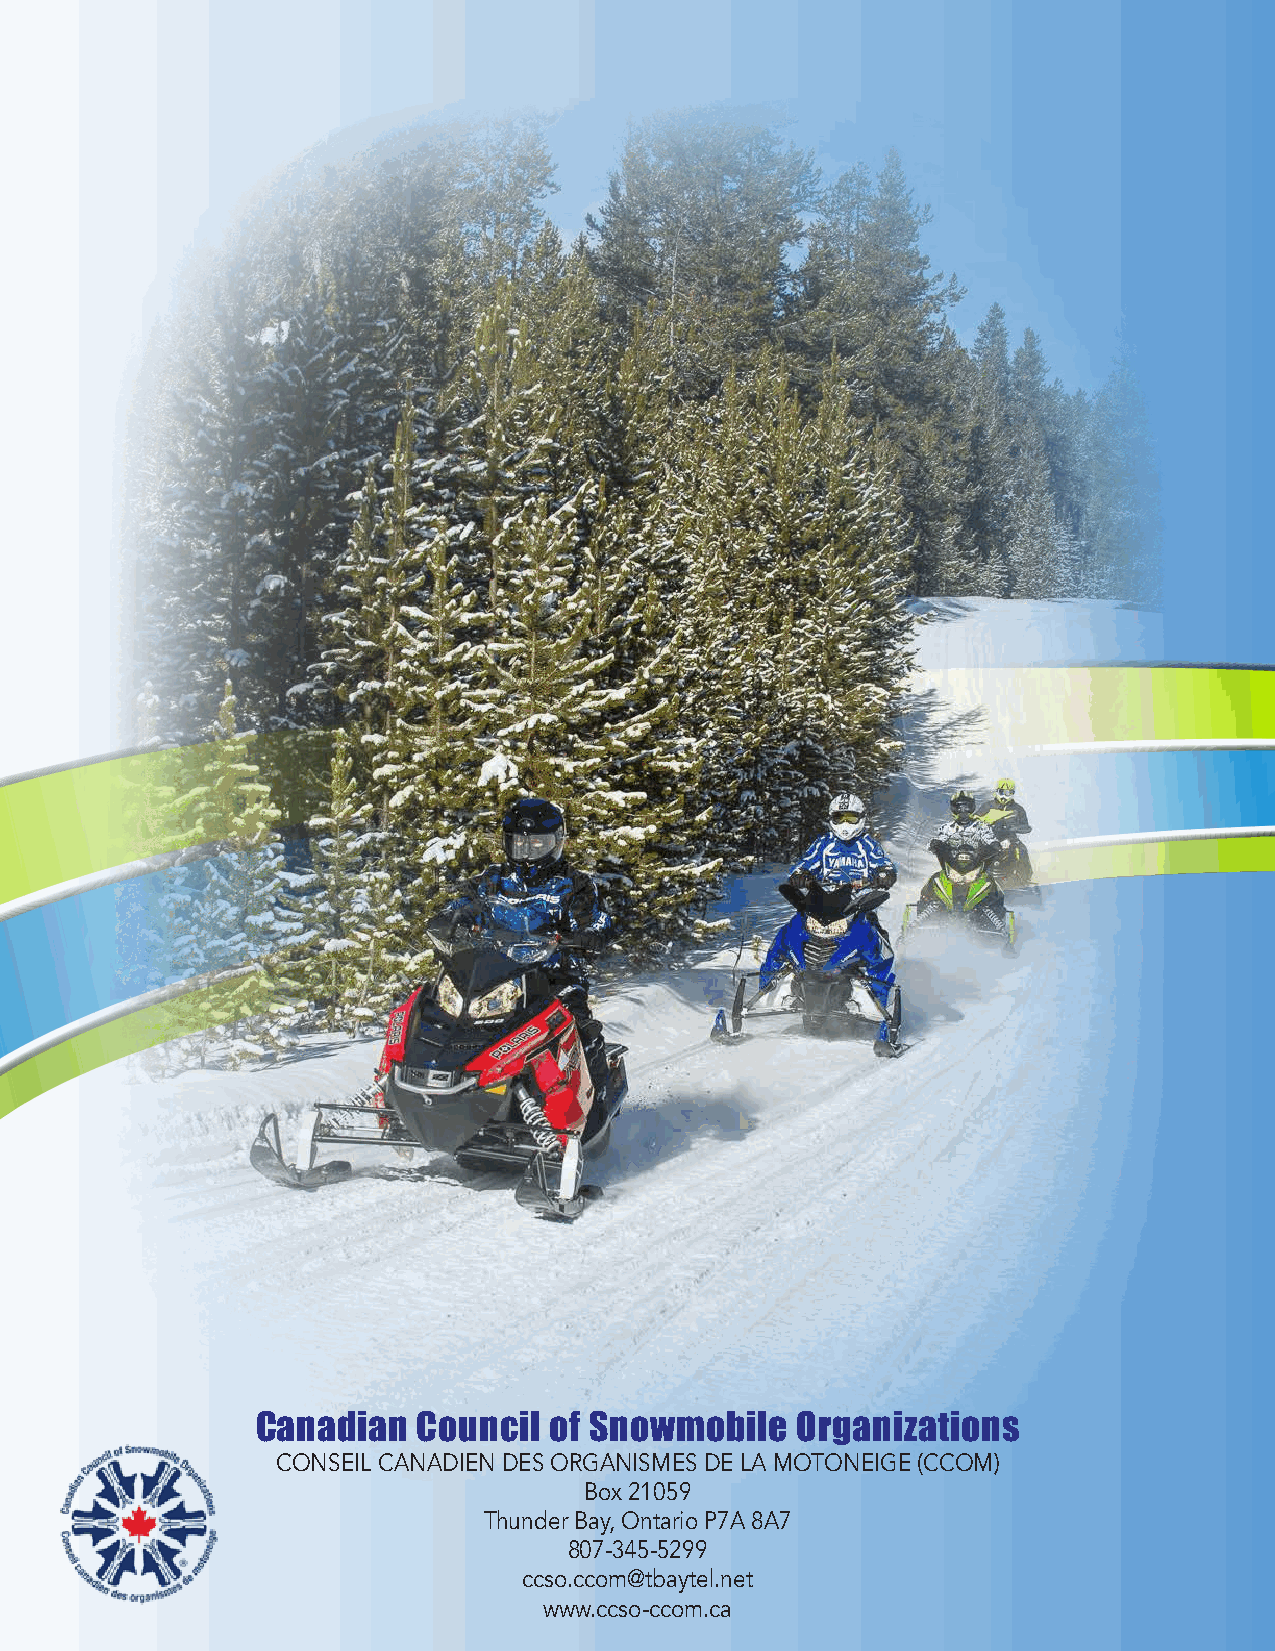
Canadian   Council of Snowmobile    Organizations
 CONSEIL CANADIEN DES ORGANISMES DE LA MOTONEIGE (CCOM)
 Box 21059
 Thunder Bay, Ontario P7A 8A7
 807-345-5299
 ccso.ccom@tbaytel.net
 www.ccso-ccom.ca